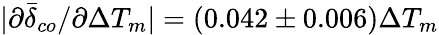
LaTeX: |\partial\bar{\delta}_{co}/\partial\Delta T_{m}|=(0.042\pm 0.006)\Delta T_{m}